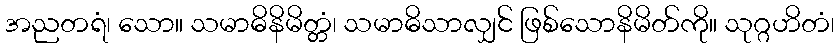
အညတရံ၊ သော။ သမာဓိနိမိတ္တံ၊ သမာဓိသာလျှင် ဖြစ်သောနိမိတ်ကို။ သုဂ္ဂဟိတံ၊